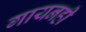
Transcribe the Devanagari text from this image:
गायनही